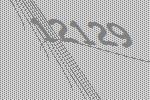
12129